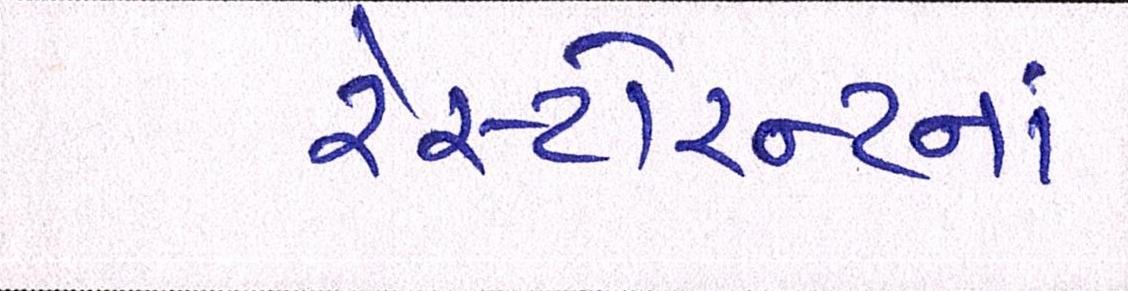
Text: રેસ્ટોરન્ટનાં